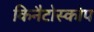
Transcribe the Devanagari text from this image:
किनैटोस्कोप